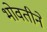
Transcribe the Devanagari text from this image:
भोवतीने